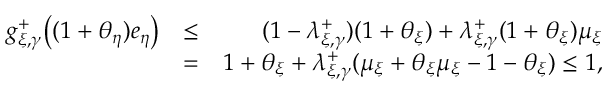
\begin{array} { r l r } { \textstyle g _ { \xi , \gamma } ^ { + } \bigl ( ( 1 + \theta _ { \eta } ) e _ { \eta } \bigr ) } & { \leq } & { ( 1 - \lambda _ { \xi , \gamma } ^ { + } ) ( 1 + \theta _ { \xi } ) + \lambda _ { \xi , \gamma } ^ { + } ( 1 + \theta _ { \xi } ) \mu _ { \xi } } \\ & { = } & { 1 + \theta _ { \xi } + \lambda _ { \xi , \gamma } ^ { + } ( \mu _ { \xi } + \theta _ { \xi } \mu _ { \xi } - 1 - \theta _ { \xi } ) \leq 1 , } \end{array}